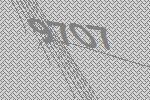
9707